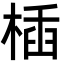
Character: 㮑